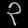
Digit: ၃